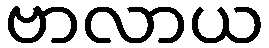
ဗာလာယ